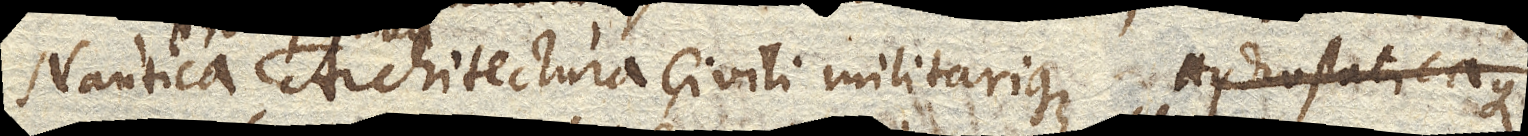
Nautica, Architectura , civili militarique